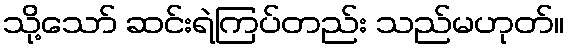
သို့သော် ဆင်းရဲကြပ်တည်း သည်မဟုတ်။